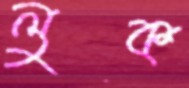
লুক